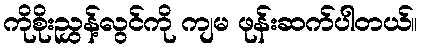
ကိုစိုးညွှန့်လွင်ကို ကျမ ဖုန်းဆက်ပါတယ်။